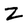
Character: Z